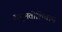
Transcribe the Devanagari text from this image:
अनुमतीशिवाय